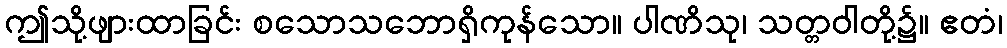
ဤသို့ဖျားထာခြင်း စသောသဘောရှိကုန်သော။ ပါဏိသု၊ သတ္တဝါတို့၌။ ဧတံ၊